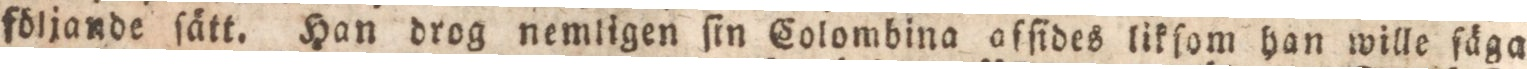
följande ſätt. Han drog nemligen ſin Colombina ofſides tikſom han wille ſäga